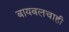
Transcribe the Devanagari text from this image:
बायबलचाही